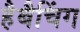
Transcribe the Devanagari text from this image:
हैबैचिंग